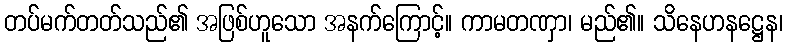
တပ်မက်တတ်သည်၏ အဖြစ်ဟူသော အနက်ကြောင့်။ ကာမတဏှာ၊ မည်၏။ သိနေဟနဋ္ဌေန၊